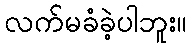
လက်မခံခဲ့ပါဘူး။